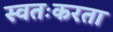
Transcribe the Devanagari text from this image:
स्वतःकरता